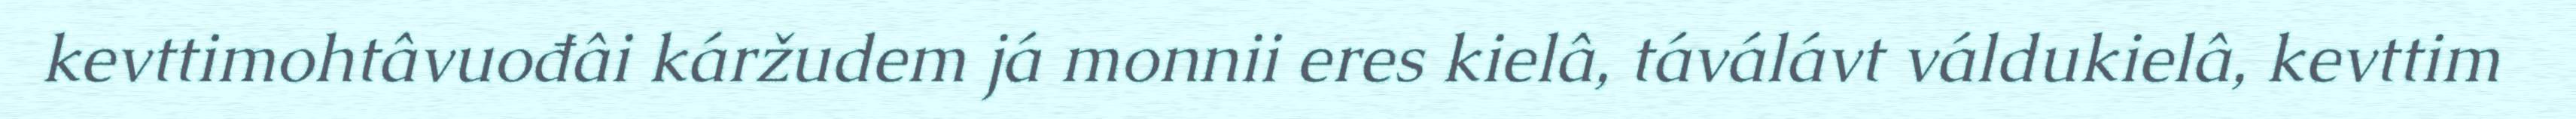
kevttimohtâvuođâi káržudem já monnii eres kielâ, táválávt váldukielâ, kevttim